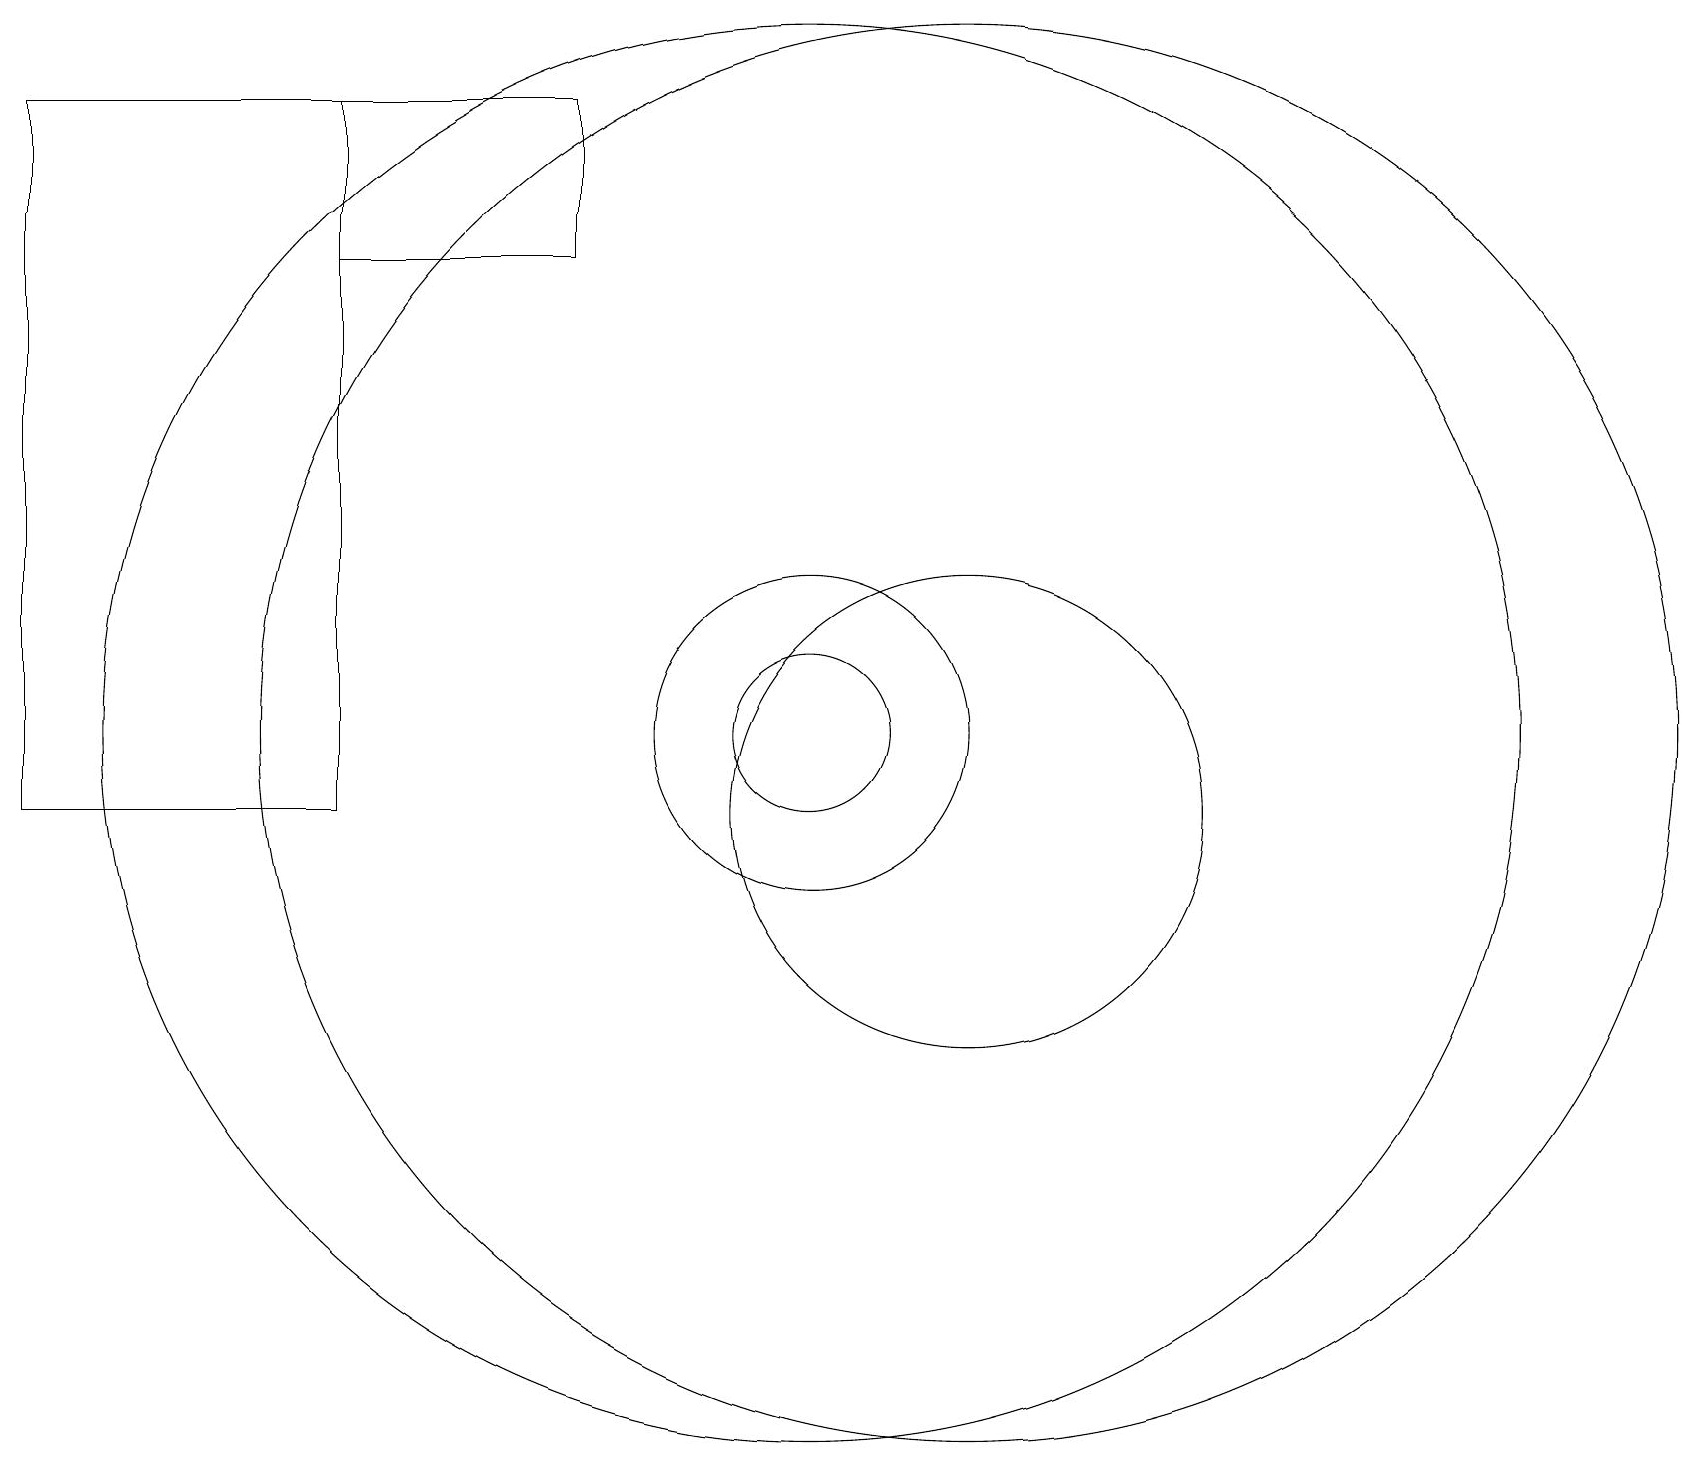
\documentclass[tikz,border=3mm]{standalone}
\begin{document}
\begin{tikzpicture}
\draw (12,11) circle (9);
\draw (10,11) circle (2);
\draw (10,11) circle (9);
\draw (12,10) circle (3);
\draw (10,12) circle (0);
\draw (10,11) circle (1);
\draw (0,19) rectangle (4,10);
\draw (7,19) rectangle (4,17);
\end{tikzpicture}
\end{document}